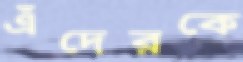
এঁদেরকে